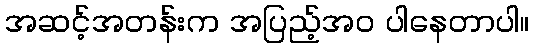
အဆင့်အတန်းက အပြည့်အ၀ ပါနေတာပါ။